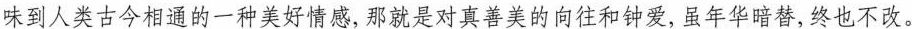
味到人类古今相通的一种类好情感，那就是对真善美的向往和钟爱，虽年华暗替，终也不改。